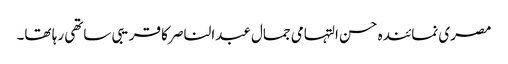
مصری نمائندہ حسن التہامی جمال عبدالناصر کا قریبی ساتھی رہا تھا۔